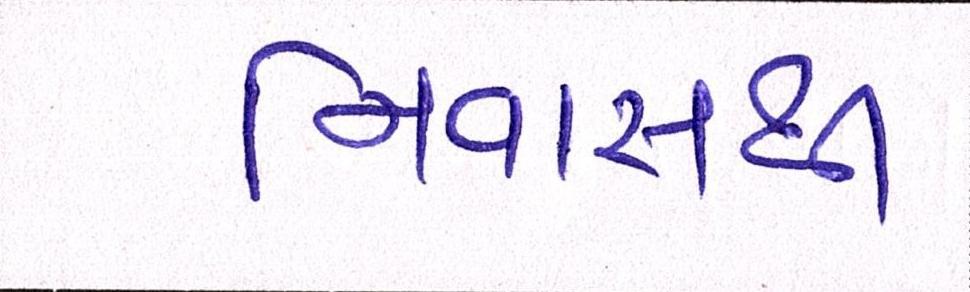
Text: નિવાસથી